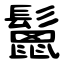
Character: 鬛